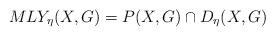
LaTeX: \begin{align*}MLY_\eta(X,G)=P(X,G)\cap D_\eta(X,G)\end{align*}